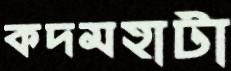
কদমহাটা